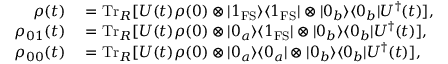
\begin{array} { r l } { \rho ( t ) } & { { } = \mathrm { T r } _ { R } [ U ( t ) \rho ( 0 ) \otimes | 1 _ { \mathrm { F S } } \rangle \langle 1 _ { \mathrm { F S } } | \otimes | 0 _ { b } \rangle \langle 0 _ { b } | U ^ { \dagger } ( t ) ] , } \\ { \rho _ { 0 1 } ( t ) } & { { } = \mathrm { T r } _ { R } [ U ( t ) \rho ( 0 ) \otimes | 0 _ { a } \rangle \langle 1 _ { \mathrm { F S } } | \otimes | 0 _ { b } \rangle \langle 0 _ { b } | U ^ { \dagger } ( t ) ] , } \\ { \rho _ { 0 0 } ( t ) } & { { } = \mathrm { T r } _ { R } [ U ( t ) \rho ( 0 ) \otimes | 0 _ { a } \rangle \langle 0 _ { a } | \otimes | 0 _ { b } \rangle \langle 0 _ { b } | U ^ { \dagger } ( t ) ] , } \end{array}